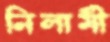
নিলামী